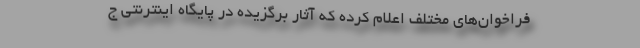
فراخوان‌های مختلف اعلام کرده که آثار برگزیده در پایگاه اینترنتی ج